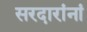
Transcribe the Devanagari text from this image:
सरदारांनां